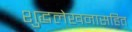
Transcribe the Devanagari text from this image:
शुद्धलेखनासहित